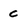
Character: c